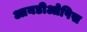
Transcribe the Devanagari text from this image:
आयडीओपिस